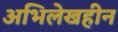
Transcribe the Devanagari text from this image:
अभिलेखहीन